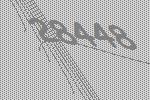
28448